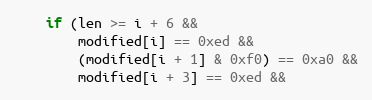
Language: C++
    if (len >= i + 6 &&
        modified[i] == 0xed &&
        (modified[i + 1] & 0xf0) == 0xa0 &&
        modified[i + 3] == 0xed &&